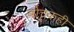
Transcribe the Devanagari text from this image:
बोचकही